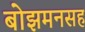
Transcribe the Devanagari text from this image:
बोझमनसह